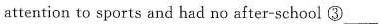
attention to sports and had no after-school ③ ___